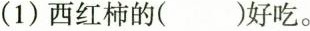
(1) 西红柿的（）好吃。